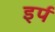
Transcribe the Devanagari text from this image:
इर्प